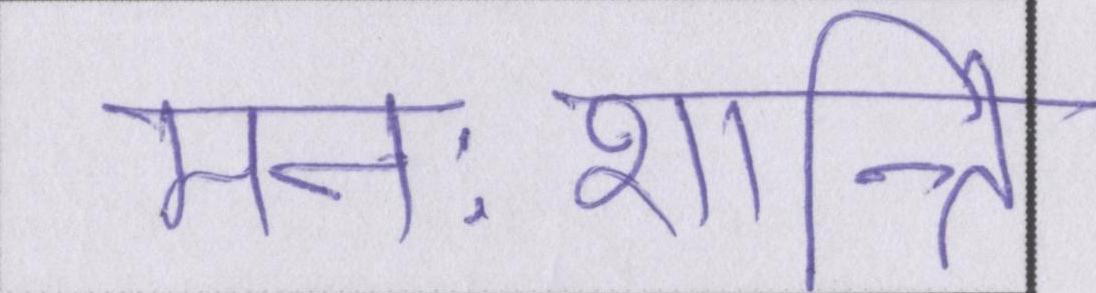
मनःशान्ति